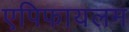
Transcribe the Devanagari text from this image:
एपिफायलम